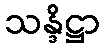
သန္ဒိဋ္ဌာ